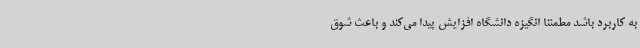
به کاربرد باشد مطمئنا انگیزه دانشگاه افزایش پیدا می‌کند و باعث شوق